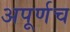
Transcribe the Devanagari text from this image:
अपूर्णच